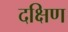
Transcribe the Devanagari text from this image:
दक्षिण